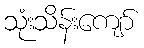
သုံးသိန်းကျော်